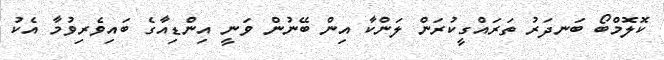
ކޮލޮމްބޯ ބަނދަރު ތަރައްގީކުރަން ލަންކާ އިން ބޭނުން ވަނީ އިންޑިއާގެ ބައިވެރިވުމާ އެކު